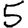
Digit: 5